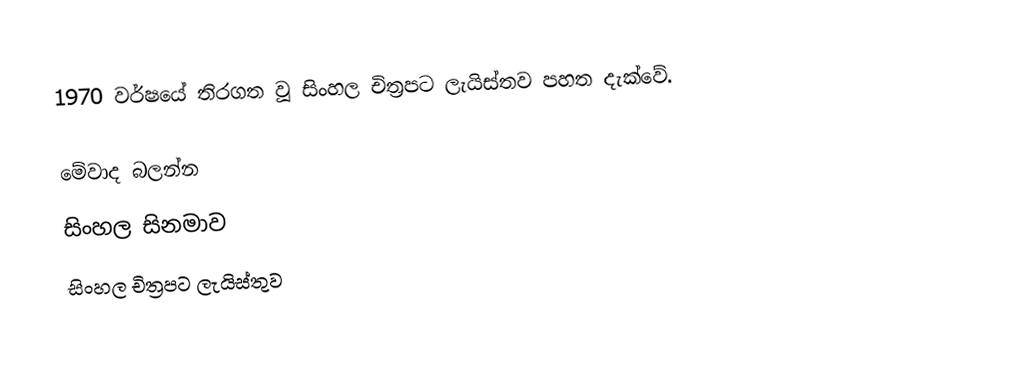
1970 වර්ෂයේ තිරගත වූ සිංහල චිත්‍රපට ලැයිස්තව පහත දැක්වේ.

මේවාද බලන්න
 සිංහල සිනමාව
 සිංහල චිත්‍රපට ලැයිස්තුව